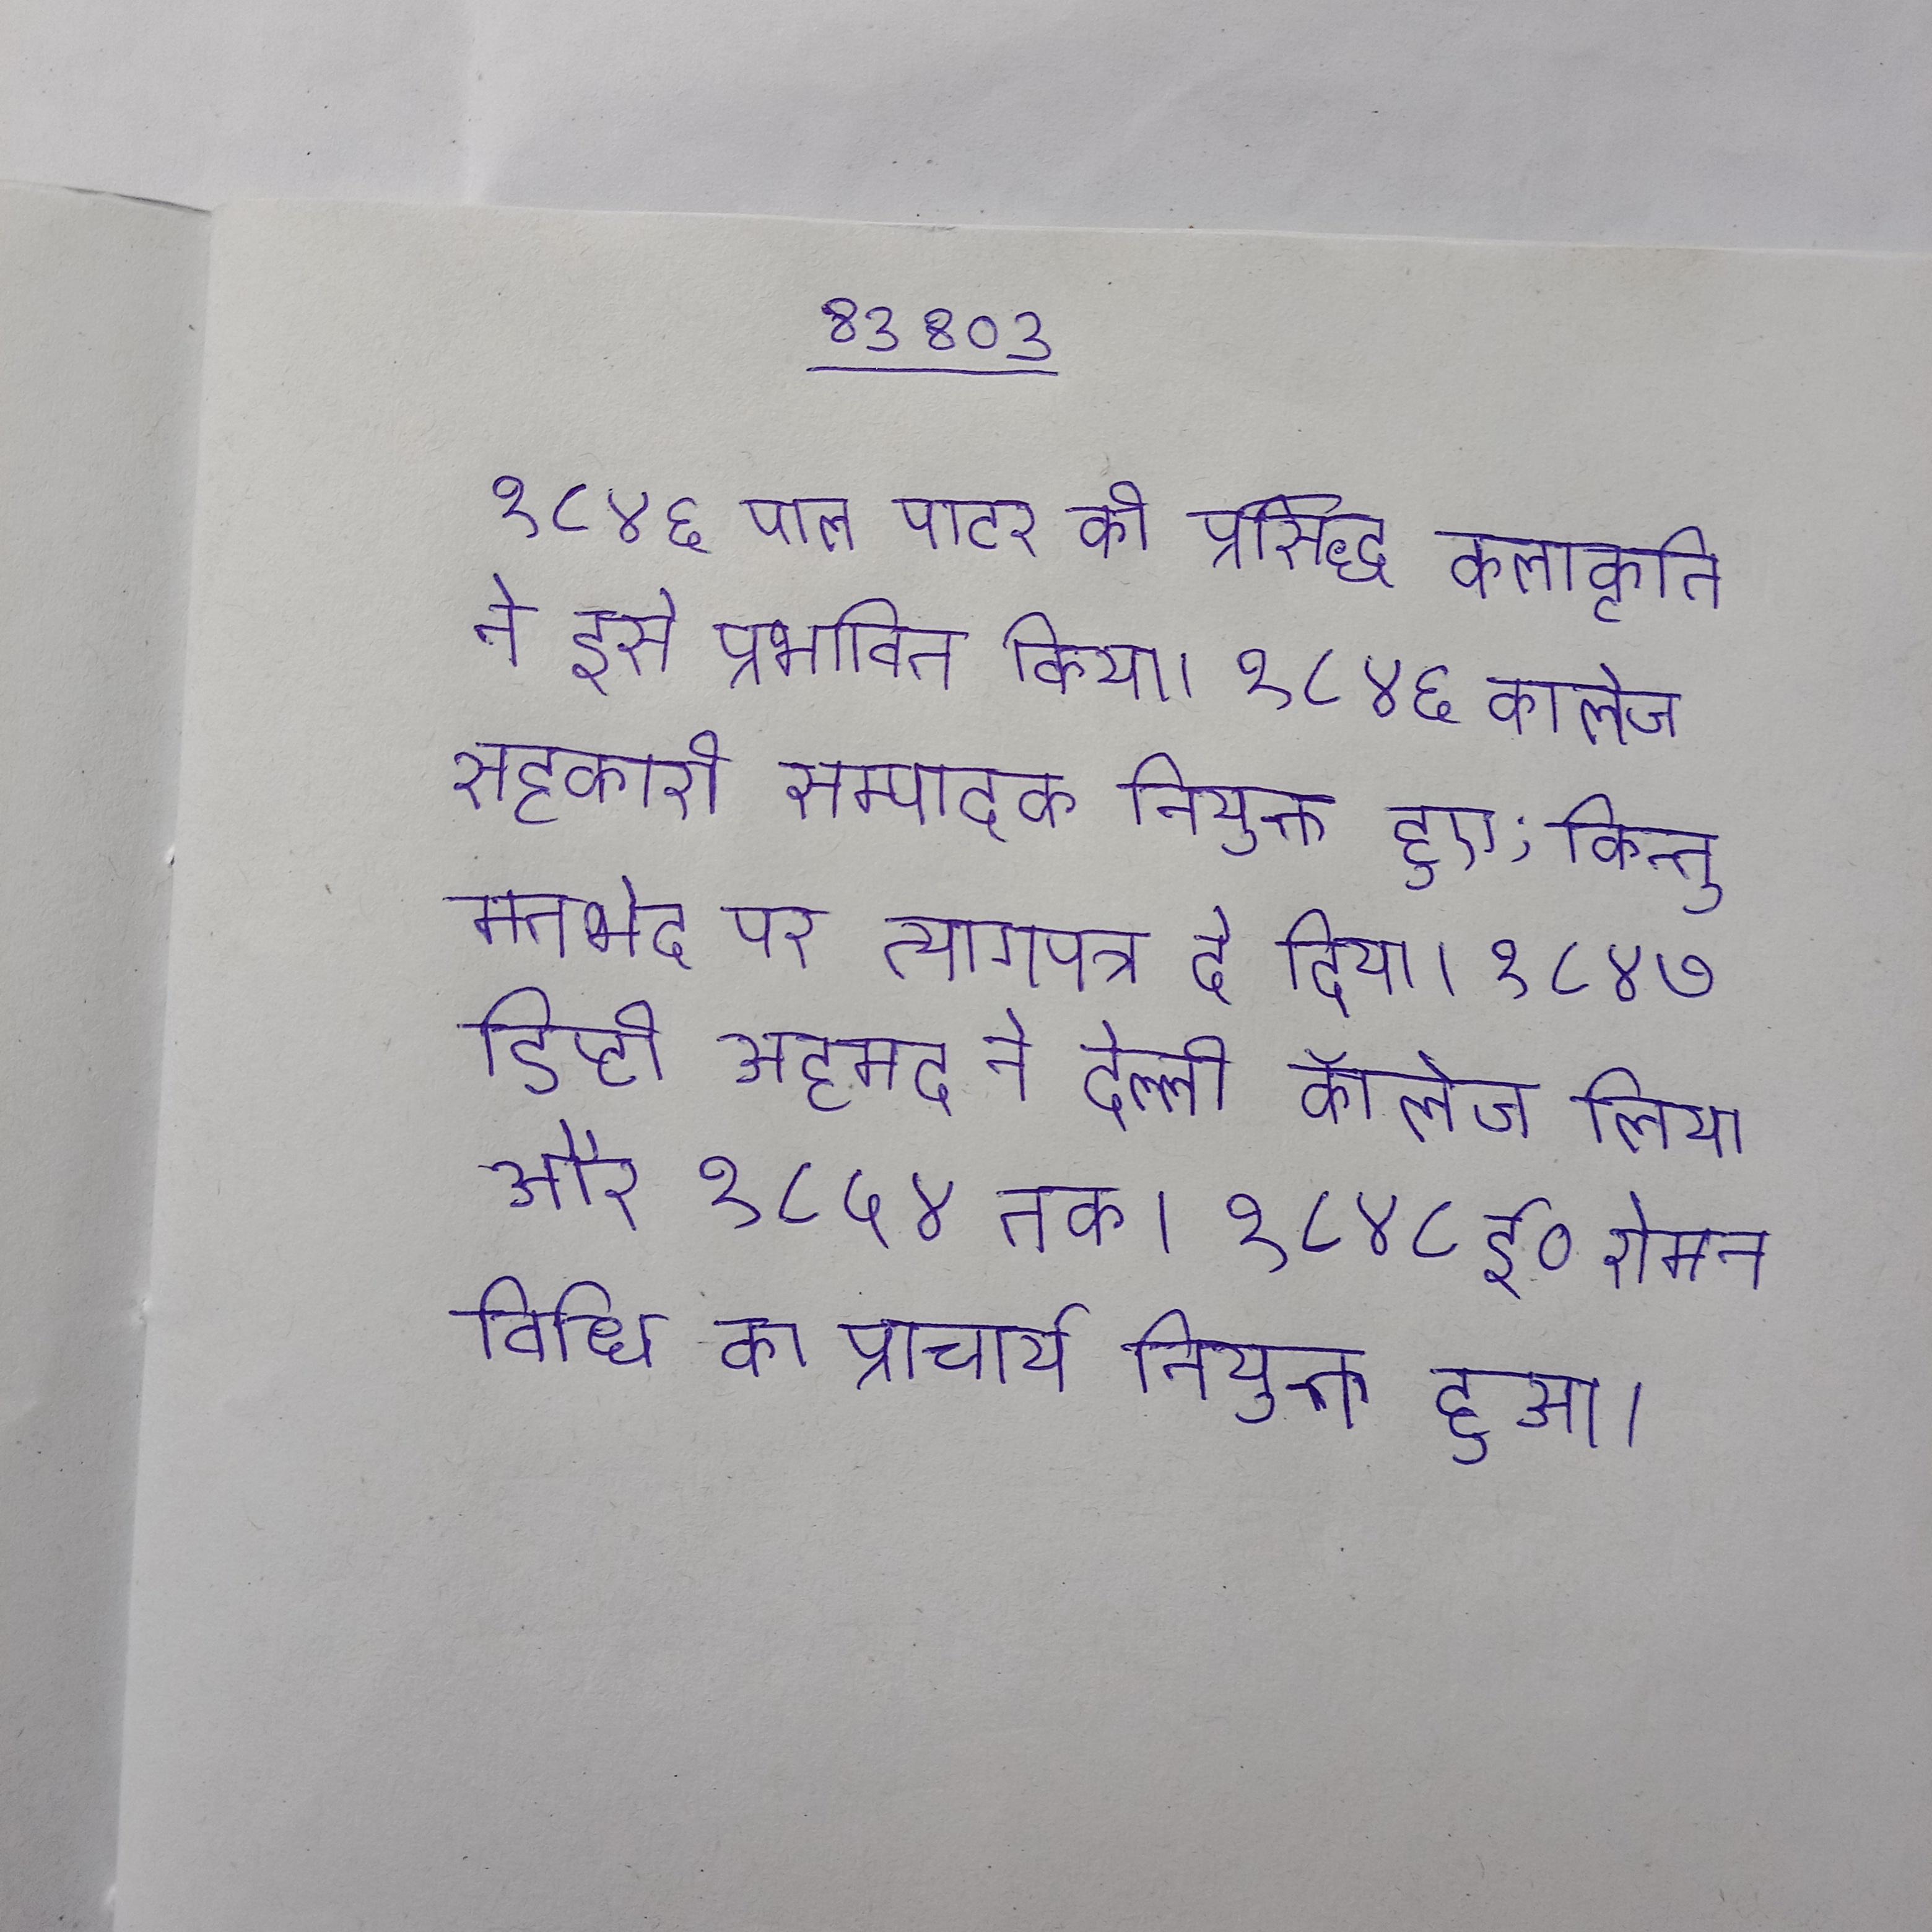
१८४६ पाल पाटर की प्रसिद्ध कलाकृति ने इसे प्रभावित किया । १८४६ कालेज सहकारी सम्पादक नियुक्त हुए; किन्तु मतभेद पर त्यागपत्र दे दिया । १८४७ डिप्टी अहमद ने दिल्ली कॉलेज लिया और १८५४ तक । १८४८ ई० रोमन विधि का प्राचार्य नियुक्त हुआ ।